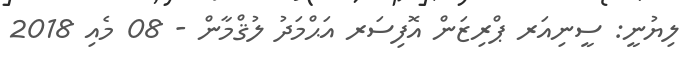
ލިޔުނީ: ސީނިއަރ ޕްރިޒަން އޮފިސަރ އަޙްމަދު ލުޤްމާން - 08 މެއި 2018